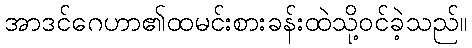
အာဒင်ဂေဟာ၏ထမင်းစားခန်းထဲသို့ဝင်ခဲ့သည်။